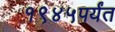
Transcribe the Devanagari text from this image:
१९४५पर्यंत